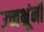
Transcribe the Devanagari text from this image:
उच्चभ्रूंनी